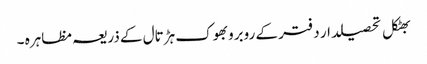
بھٹکل تحصیلدار دفتر کے روبروبھوک ہڑتال کے ذریعہ مظاہرہ ۔